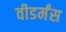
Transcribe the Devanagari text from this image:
वीडर्मंस